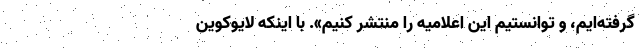
گرفته‌ایم، و توانستیم این اعلامیه را منتشر کنیم». با اینکه لایوکوین